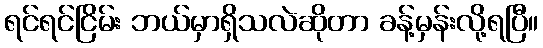
ရင်ရင်ငြိမ်း ဘယ်မှာရှိသလဲဆိုတာ ခန့်မှန်းလို့ရပြီ။